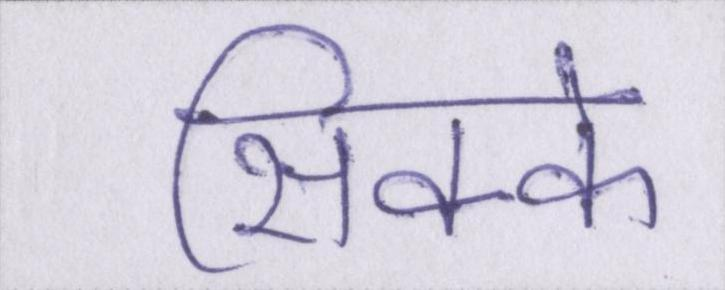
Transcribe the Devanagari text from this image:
सिक्के